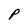
Character: P